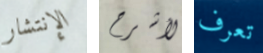
الإنتشار لأشرح تعرف